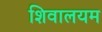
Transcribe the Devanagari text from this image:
शिवालयम